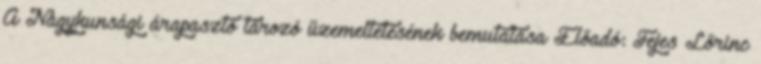
A Nagykunsági árapasztó tározó üzemeltetésének bemutatása Előadó: Fejes Lőrinc